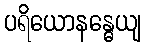
ပရိယောနန္ဓေယျ